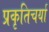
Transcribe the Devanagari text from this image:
प्रकृतिचर्या